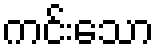
ကင်းသော